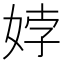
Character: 㛘